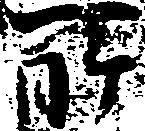
所